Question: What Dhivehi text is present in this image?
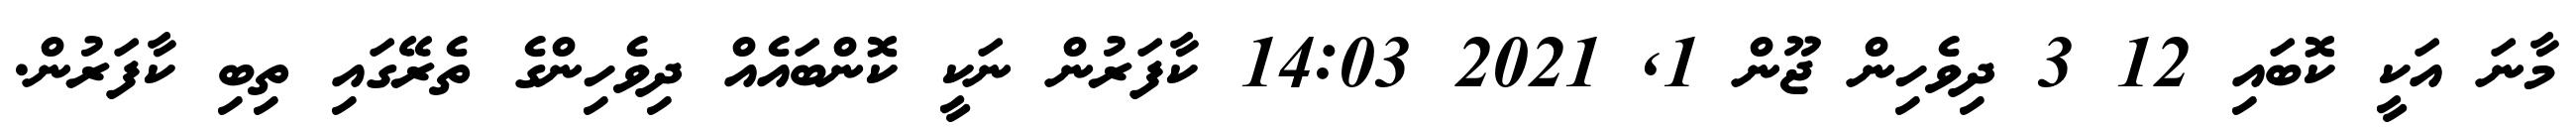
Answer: މާނަ އަކީ ކޮބައި 12 3 ދިވެހިން ޖޫން 1, 2021 14:03 ކާފަރުން ނަކީ ކޮންބައެއް ދިވެހިންގެ ތެރޭގައި ތިބި ކާފަރުން.